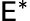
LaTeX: \mathsf{E}^{*}